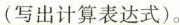
(写出计算表达式)。